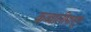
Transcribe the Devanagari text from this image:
कव्वालीपासून